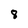
Character: 8